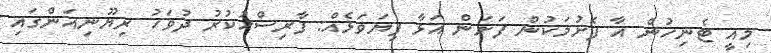
މިއީ ޓެނިހުން އާ ފެށުމަކުން ފަށަން އަޅާ ފިޔަވަޅެއް: ފާރިސްހުކުރު ދުވަހު ރިޔޫނިއަންގައި